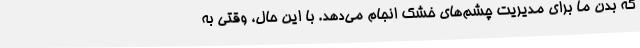
که بدن ما برای مدیریت چشم‌های خشک انجام می‌دهد. با این حال، وقتی به